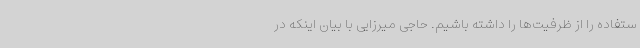
ستفاده را از ظرفیت‌ها را داشته باشیم. حاجی میرزایی با بیان اینکه در